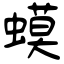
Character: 蟆